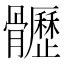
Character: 𩪸